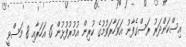
އިސްކަންދަރު ރަސްގެފާނު އަވަހާރަވުމުގެ ކުރިން އުމުރުފުޅުން 6 އަހަރާއި 8 މަސްވީ